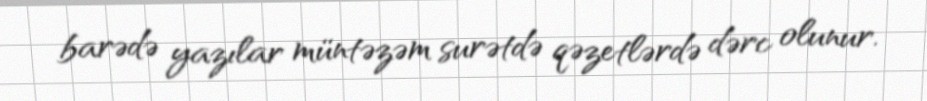
barədə yazılar müntəzəm surətdə qəzetlərdə dərc olunur.